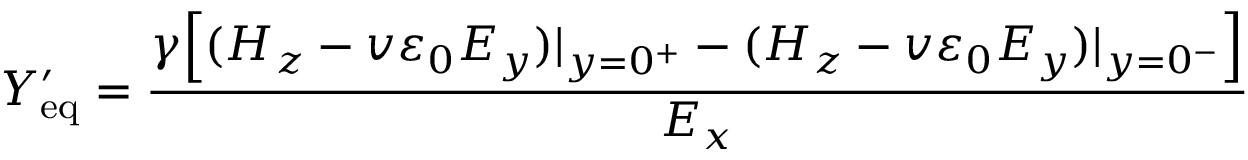
Y _ { \mathrm { e q } } ^ { \prime } = \frac { \gamma \Big [ ( H _ { z } - v \varepsilon _ { 0 } E _ { y } ) | _ { y = 0 ^ { + } } - ( H _ { z } - v \varepsilon _ { 0 } E _ { y } ) | _ { y = 0 ^ { - } } \Big ] } { E _ { x } }